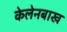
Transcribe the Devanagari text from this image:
केलेनबाख